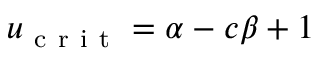
u _ { \mathrm { ~ c ~ r ~ i ~ t ~ } } = \alpha - c \beta + 1